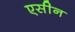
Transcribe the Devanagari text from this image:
एसीन